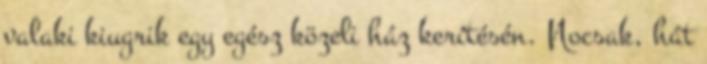
valaki kiugrik egy egész közeli ház kerítésén. Nocsak, hát